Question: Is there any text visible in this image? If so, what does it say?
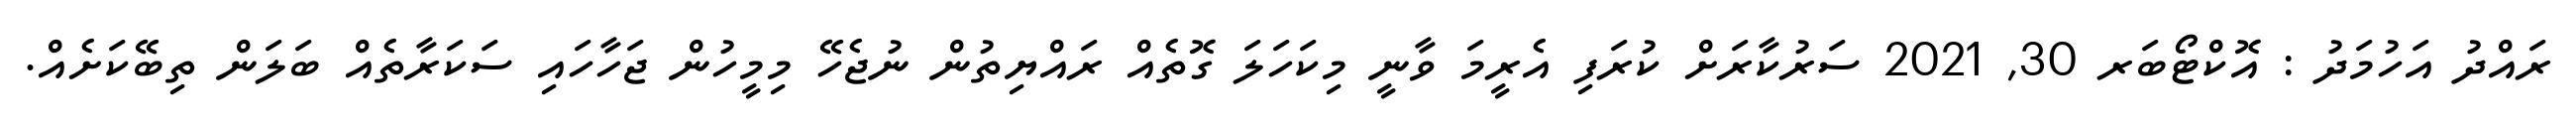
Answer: ރައްދު އަހުމަދު : އޮކްޓޯބަރ 30, 2021 ސަރުކާރަށް ކުރަފި އެރީމަ ވާނީ މިކަހަލަ ގޮތެއް ރައްޔިތުން ނުޖެހޭ މިމީހުން ޖަހާހައި ސަކަރާތެއް ބަލަން ތިބޭކަށެއް.